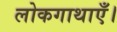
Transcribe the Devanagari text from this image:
लोकगाथाएँ।